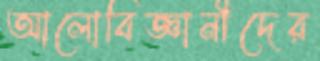
আলোবিজ্ঞানীদের